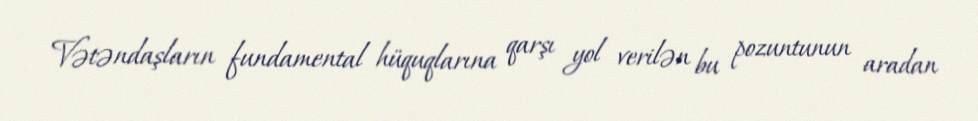
Vətəndaşların fundamental hüquqlarına qarşı yol verilən bu pozuntunun aradan